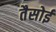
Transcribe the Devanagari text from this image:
तैसोई